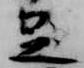
足